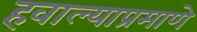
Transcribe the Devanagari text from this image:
हवाल्याप्रमाणे